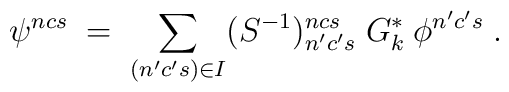
\psi^{ncs} \;=\; \sum_{(n'c's) \in I} (S^{-1})^{ncs}_{n'c's}\; G_k^*\:\phi^{n'c's}\;.